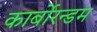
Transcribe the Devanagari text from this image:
कार्बोरन्डम